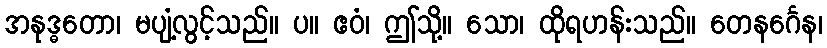
အနုဒ္ဓတော၊ မပျံ့လွင့်သည်။ ပ။ ဧဝံ၊ ဤသို့။ သော၊ ထိုရဟန်းသည်။ တေနင်္ဂေန၊